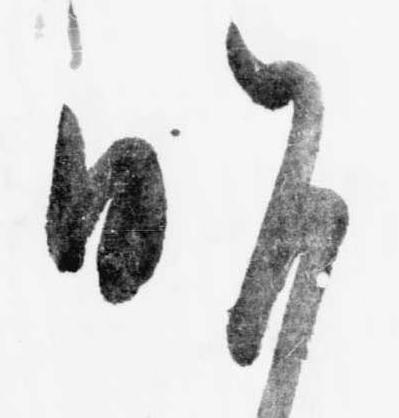
昨